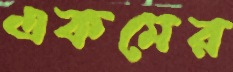
একমের